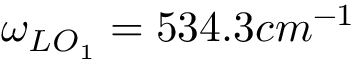
\omega _ { L O _ { 1 } } = 5 3 4 . 3 c m ^ { - 1 }